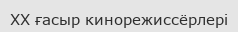
XX ғасыр кинорежиссёрлері